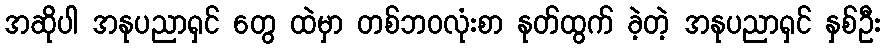
အဆိုပါ အနုပညာရှင် တွေ ထဲမှာ တစ်ဘဝလုံးစာ နုတ်ထွက် ခဲ့တဲ့ အနုပညာရှင် နှစ်ဦး